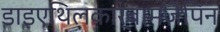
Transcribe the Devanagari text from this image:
डाइएथिलकार्बामज़ेपिन